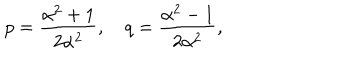
p = \frac { \alpha ^ { 2 } + 1 } { 2 \alpha ^ { 2 } } , \quad q = \frac { \alpha ^ { 2 } - 1 } { 2 \alpha ^ { 2 } } ,